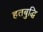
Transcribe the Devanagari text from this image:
हतबुद्धि